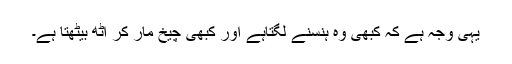
یہی وجہ ہے کہ کبھی وہ ہنسنے لگتاہے اور کبھی چیخ مار کر اٹھ بیٹھتا ہے۔